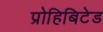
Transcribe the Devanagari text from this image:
प्रोहिबिटेड